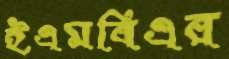
ইএমবিএর